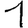
Digit: 1